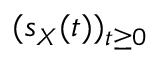
( s _ { X } ( t ) ) _ { t \geq 0 }